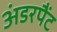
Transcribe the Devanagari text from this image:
अंडरपैंट